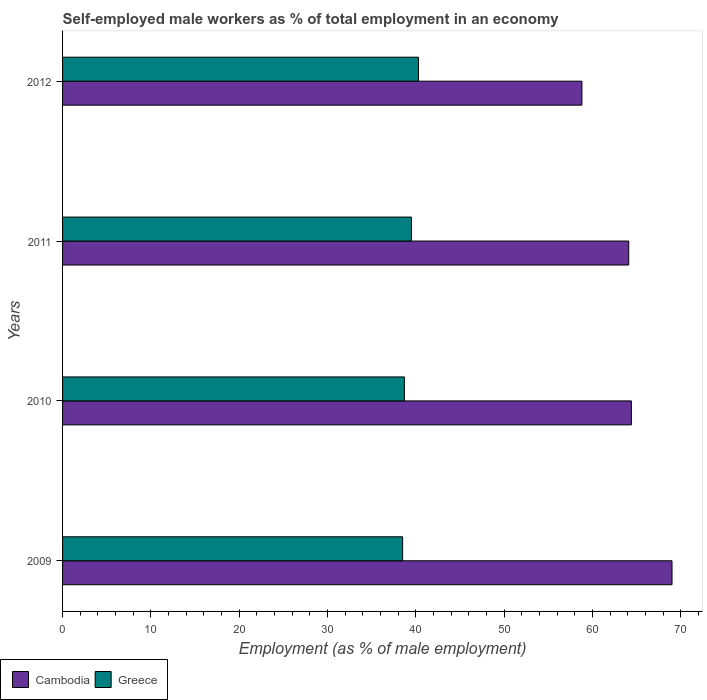
| Years | Cambodia | Greece |
 | --- | --- | --- |
 | 2009 | 69 | 38.5 |
 | 2010 | 64.4 | 38.7 |
 | 2011 | 64.1 | 39.5 |
 | 2012 | 58.8 | 40.3 |